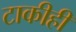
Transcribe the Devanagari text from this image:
टाकीही